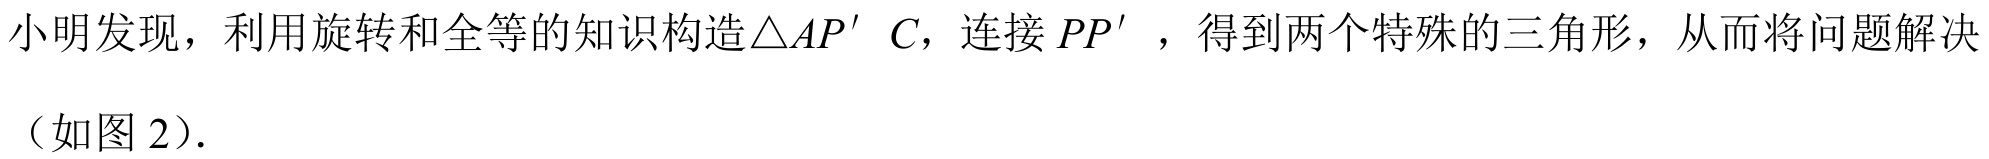
小明发现，利用旋转和全等的知识构造\(\triangle AP'C\)，连接 \(PP'\)，得到两个特殊的三角形，从而将问题解决（如图 2）.